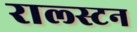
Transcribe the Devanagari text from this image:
राल्स्टन